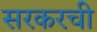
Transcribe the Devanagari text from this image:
सरकरची